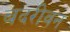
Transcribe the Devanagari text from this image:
बदरीवन